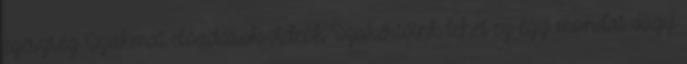
egészség Szakmai előadások-videók Szakértőink lehet ez egy mondat vagy